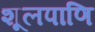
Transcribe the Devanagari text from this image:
शूलपाणि